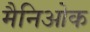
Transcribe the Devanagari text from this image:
मैनिओक